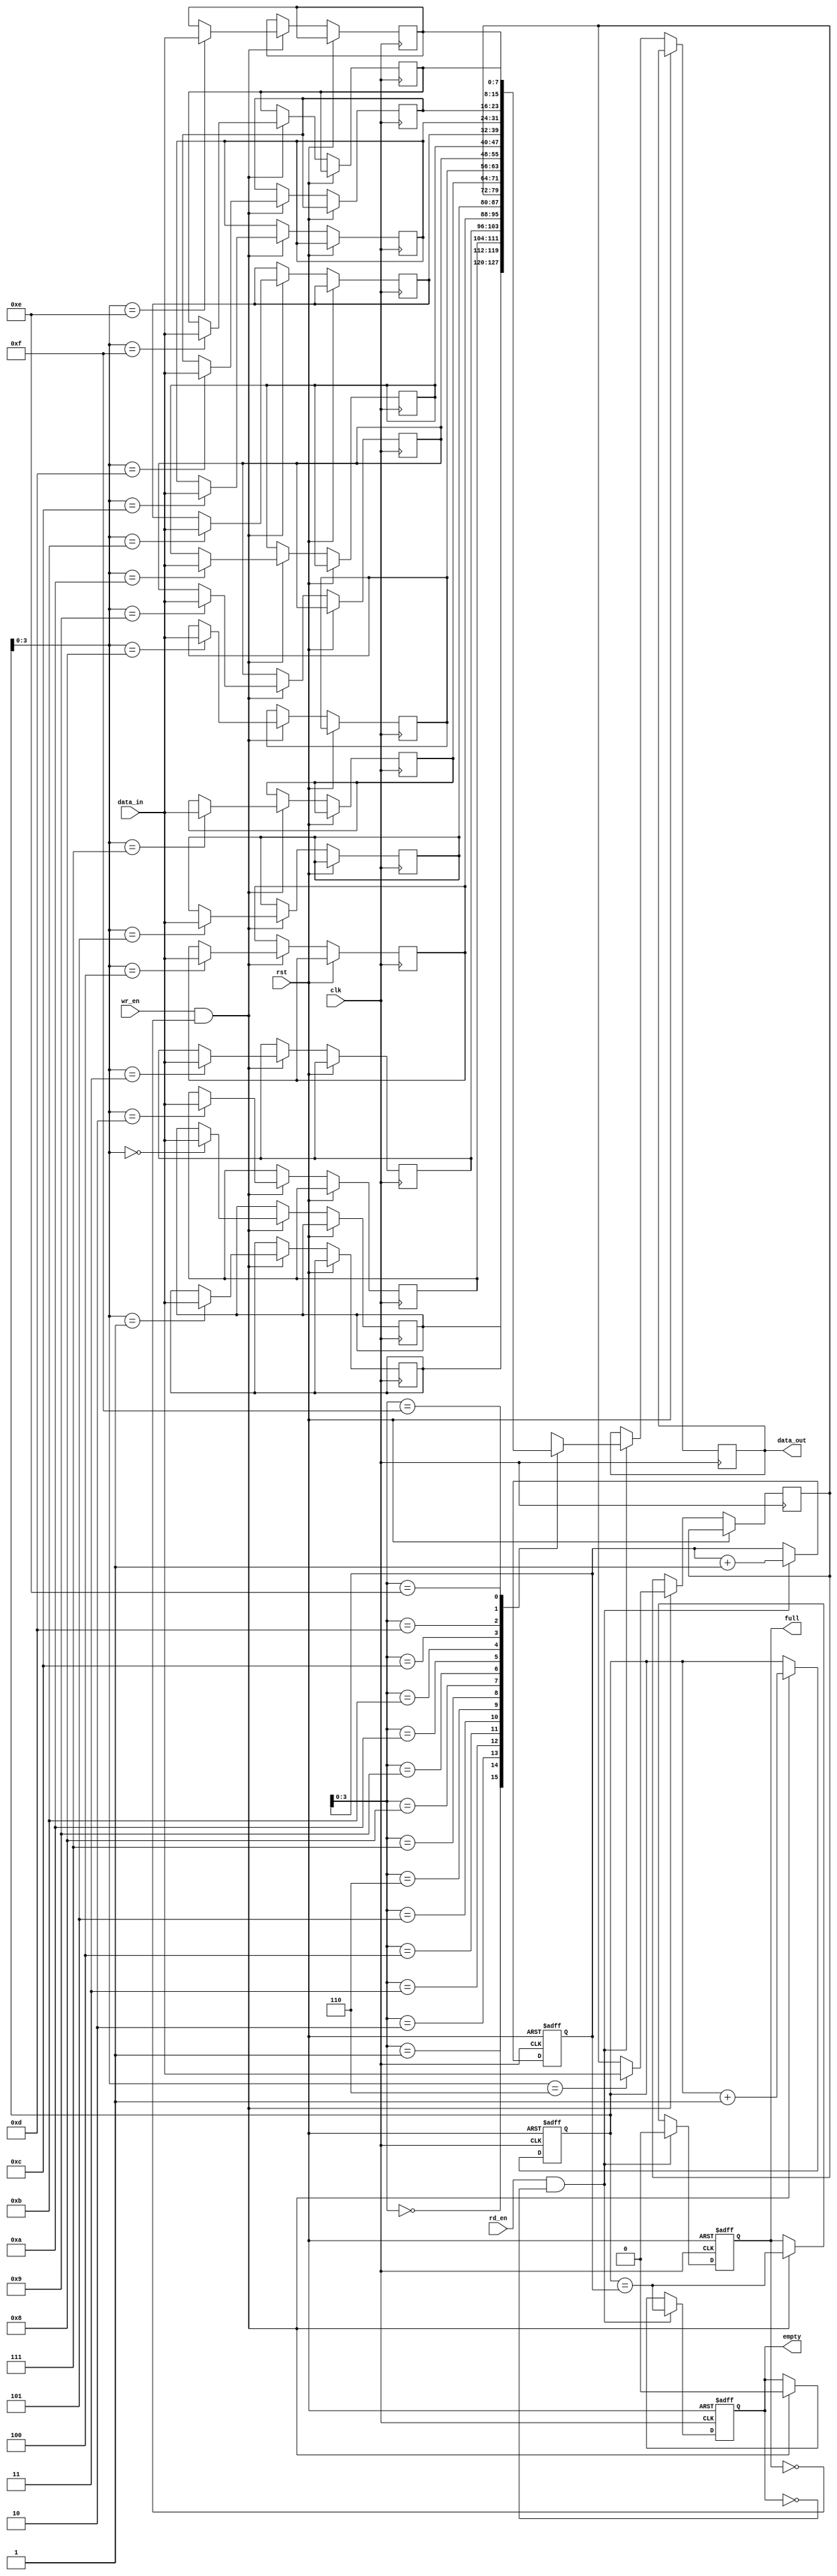
module synchronous_fifo (
    input wire clk,
    input wire rst,
    input wire wr_en,
    input wire rd_en,
    input wire [DATA_WIDTH-1:0] data_in,
    output reg full,
    output reg empty,
    output reg [DATA_WIDTH-1:0] data_out
);

parameter DATA_WIDTH = 8;
parameter FIFO_DEPTH = 16;

reg [DATA_WIDTH-1:0] fifo [0:FIFO_DEPTH-1];
reg [4:0] write_ptr;
reg [4:0] read_ptr;

always @(posedge clk or posedge rst) begin
    if (rst) begin
        write_ptr <= 5'b0;
        read_ptr <= 5'b0;
        full <= 1'b0;
        empty <= 1'b1;
    end else begin
        if (wr_en && !full) begin
            fifo[write_ptr] <= data_in;
            write_ptr <= write_ptr + 1;
            full <= (write_ptr == read_ptr);
            empty <= 1'b0;
        end
        
        if (rd_en && !empty) begin
            data_out <= fifo[read_ptr];
            read_ptr <= read_ptr + 1;
            full <= 1'b0;
            empty <= (write_ptr == read_ptr);
        end
    end
end

endmodule